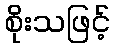
စိုးသဖြင့်